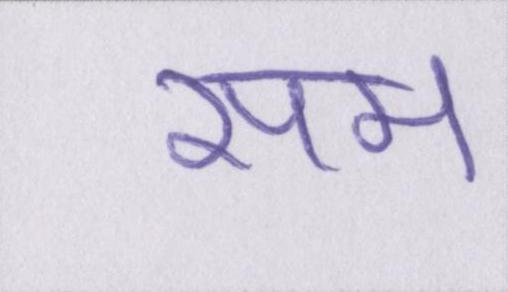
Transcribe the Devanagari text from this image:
सम